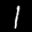
Label: 1